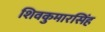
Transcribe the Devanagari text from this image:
शिवकुमारसिंह